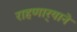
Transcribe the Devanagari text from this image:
राहणार्‍याने